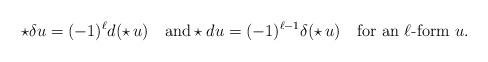
LaTeX: \begin{align*}\star\delta u=(-1)^\ell d(\star\,u) \quad\mbox{and}\star du=(-1)^{\ell-1}\delta(\star\,u) \quad\mbox{for an $\ell$-form }u. \end{align*}